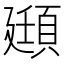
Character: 頲